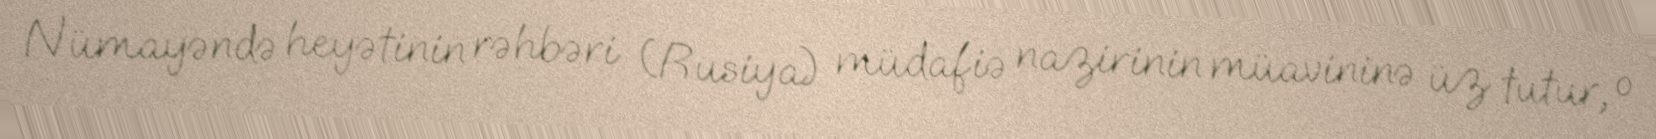
Nümayəndə heyətinin rəhbəri (Rusiya) müdafiə nazirinin müavininə üz tutur, o